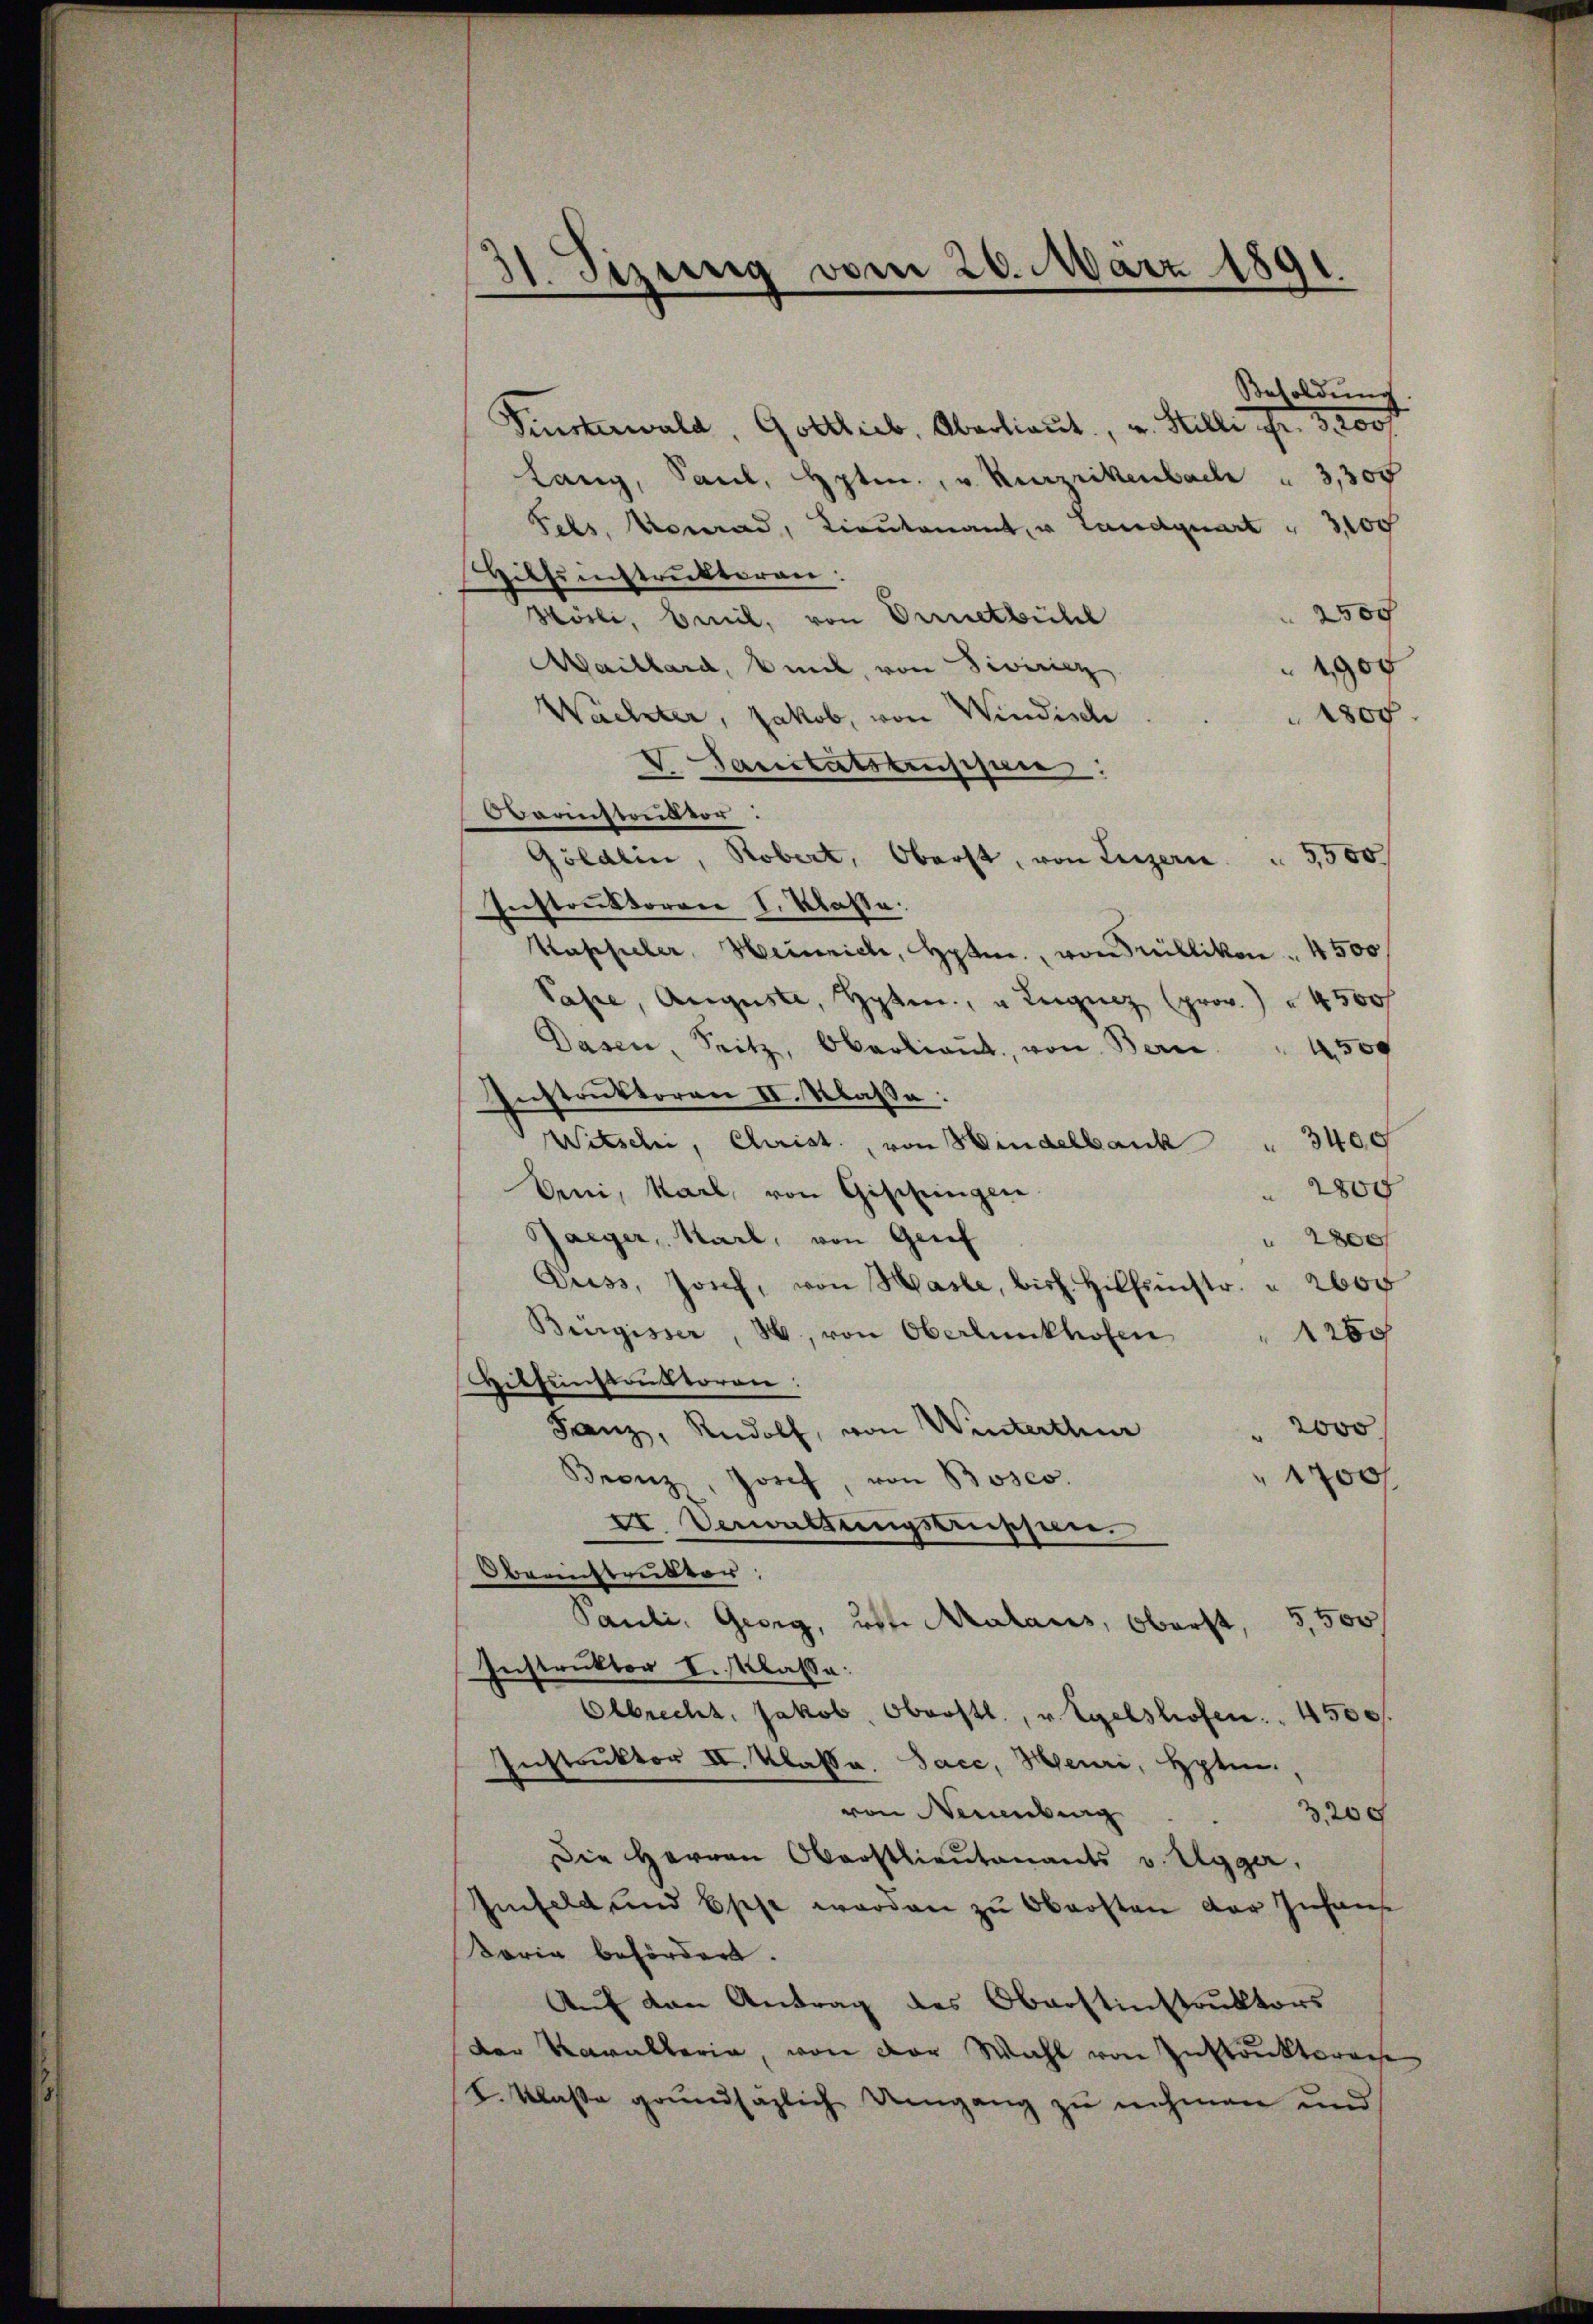
31. Sizung vom 20. März 1891.
—

Besoldung
Finsterwald, Gottlieb, Oberlieut, u. Stille Fr. 3200 f
Lang, Paul, Hptm. v. Kurzrikenbach " 3,300
Fels, Konrad, Lieutenant, u. Landquart. 3100
Hilfenstruktoren:
2500
Hösli, beeil, von Vernetbühl
Maillard, mit, von Siviricz
1900
Wachter, Jakob, von Windische
100
V. Sanitätsbeschen:
Darinsteilvor:
Göldlin, Robert, Oberst, von Luzern 5500
Instruktoren I. Klasse.
Kassieler, Heinrich, Hptm., von Trüllikon . 4500
Pässe, Auguste, Hyten, u Leignez (prov.) " 4500 f
Dasen, Seitz, Oberlieŭt. von Bern. " 4500
Instruktoren II. Klasse:
Witschi, Christ, von Hindelbank " 3400
Erni, Karl, von Geschringen
2800
Jaeger, Karl, von Grief
200
Duss, Josef, von Hasle, bis Hilfsinstr. u 2000
Bürgisser, H., von Oberlŭnkhofen " 1250
Hitfenstruktoren:
 2000
Fanz, Rudolf, von Winterthur
 1700 f
Bronz, Josef, von Bosco
II. Verwaltungsbussen.
Obernstruktor;
Pauli, Georg, Art. Malaus, Oberst, 5,500
Instruktor I. Klasse:
Olbrecht, Jakob. Oberstl., v. Egelshofen . . 4500
Instruktor II. Klasse. Sace, Heuri, Hpten.
von Neuenburg
3,200
Die Herren Oberstlieutenants v. Egger,
Infeld und Spese werden zu Obersten der Inhaus
Boria befördert.
Auf den Antrag des Oberstinstruktors
Der Kavallerin, von der Wahl von Instruktora
I. Klaße grundsäzlich Umgang zu nehmen und